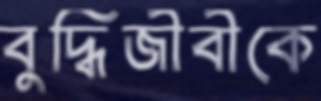
বুদ্ধিজীবীকে